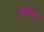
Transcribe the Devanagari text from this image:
एलिरिया